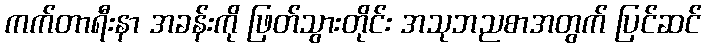
ကက်တာရီးနာ အခန်းကို ဖြတ်သွားတိုင်း အသုဘညစာအတွက် ပြင်ဆင်